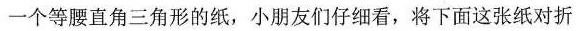
一个等腰直角三角形的纸，小朋友们仔细看，将下面这张纸对折